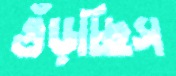
গুঁড়চ্ছিস